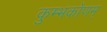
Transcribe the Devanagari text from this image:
कुम्भकोणम्